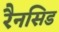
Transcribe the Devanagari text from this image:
रैनसिड